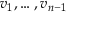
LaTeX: v _ { 1 } , \dots , v _ { n - 1 }